Code of medical and sanitary regulations for the guidance of medical officers serving in the Madras Presidency - Volume I
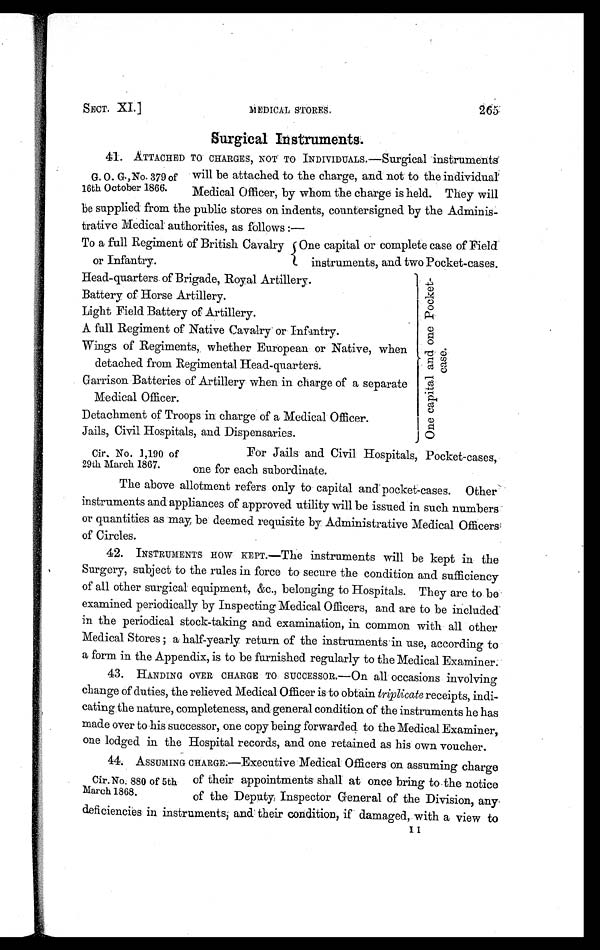
SECT. XI.] MEDICAL STORES 265
Surgical instruments.
41. ATTACHED TO CHARGES, NOT TO INDIVIDUALs.—Surgical instruments
will be attached to the charge, and not to the individual
Medical Officer; by whom the charge is held. They will
be supplied from the public stores on indents, countersigned by the Adminis-
trative Medical authorities, as follows :—
To a full Regiment of British Cavalry
or Infantry
One capital or complete case of Field
instruments, and two Pocket-cases.
Head-quarters of Brigade, Royal Artillery.
One capital and one Pocket-case.
Battery of Horse Artillery.
Light Field Battery of Artillery.
A full Regiment of Native Cavalry or Infantry.
Wings of Regiments, , whether European or Native, when
detached from Regimental Head-quarters.
Garrison Batteries of Artillery when in charge of a separate
Medical Officer.
Detachment of Troops in charge of a Medical Officer.
Jails, Civil Hospitals, and Dispensaries.
For Jails and Civil Hospitals, Pocket-cases,
one for each subordinate.
The above allotment refers only to capital and pocket-cases. Other
instruments and appliances of approved utility will be issued in such numbers
or quantities as may, be deemed requisite by Administrative Medical Officers
of Circles.
42. INSTRUMENTS HOW KEPT.—The instruments will be kept in the
Surgery, subject to the rules in force to secure the condition and sufficiency
of all other surgical equipment, &c., belonging to Hospitals. They are to be
examined periodically by Inspecting Medical Officers, and are to be included
in the periodical stock-taking and examination, in common with all other
Medical Stores ; a half-yearly return of the instruments in use, according to
a form in the Appendix, is to be furnished regularly to the Medical Examiner.
43. HANDING OVER CHARGE TO SUCCESSOR.—On all occasions involving
change of duties, the relieved Medical Officer is to obtain triplicate receipts, indi-
cating the nature, completeness, and general condition of the instruments he has
made over to his successor, one copy being forwarded to the Medical Examiner,
one lodged in the Hospital records, and one retained as his own voucher.
44. ASSUMING CHARGE:—Executive Medical Officers on assuming charge
of their appointments shall at once bring to the notice
of the Deputy Inspector General of the Division, any
deficiencies in instruments, and their condition, if damaged, with a view to
G. 0. G., No. 379 of
16th October 1866.
Cir. No. 1,190 of
29th March 1867.
Cir.No. 880 of 5th
March 1868.